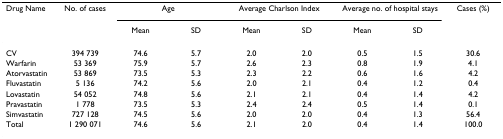
| Drug Name | No. of cases | <COLSPAN=2> Age | <COLSPAN=2> Average Charlson Index | <COLSPAN=2> Average no. of hospital stays | Cases (%) |
 |  |  | Mean | SD | Mean | SD | Mean | SD |  |
 | --- | --- | --- | --- | --- | --- | --- | --- | --- |
 | CV | 394 739 | 74.6 | 5.7 | 2.0 | 2.0 | 0.5 | 1.5 | 30.6 |
 | Warfarin | 53 369 | 75.9 | 5.7 | 2.6 | 2.3 | 0.8 | 1.9 | 4.1 |
 | Atorvastatin | 53 869 | 73.5 | 5.3 | 2.3 | 2.2 | 0.6 | 1.6 | 4.2 |
 | Fluvastatin | 5 136 | 74.2 | 5.6 | 2.0 | 2.1 | 0.4 | 1.2 | 0.4 |
 | Lovastatin | 54 052 | 74.8 | 5.6 | 2.1 | 2.1 | 0.4 | 1.4 | 4.2 |
 | Pravastatin | 1 778 | 73.5 | 5.3 | 2.4 | 2.4 | 0.5 | 1.4 | 0.1 |
 | Simvastatin | 727 128 | 74.5 | 5.6 | 2.0 | 2.0 | 0.4 | 1.3 | 56.4 |
 | Total | 1 290 071 | 74.6 | 5.6 | 2.1 | 2.0 | 0.4 | 1.4 | 100.0 |